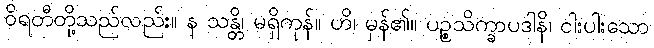
ဝိရတီတို့သည်လည်း။ န သန္တိ၊ မရှိကုန်။ ဟိ၊ မှန်၏။ ပဉ္စသိက္ခာပဒါနိ၊ ငါးပါးသော